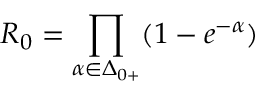
R _ { 0 } = \prod _ { \alpha \in \Delta _ { 0 + } } ( 1 - e ^ { - \alpha } ) \/